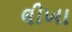
લીખા